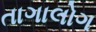
તાગાલોગ